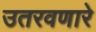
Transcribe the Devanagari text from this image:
उतरवणारे